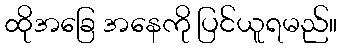
ထိုအခြေ အနေကို ပြင်ယူရမည်။